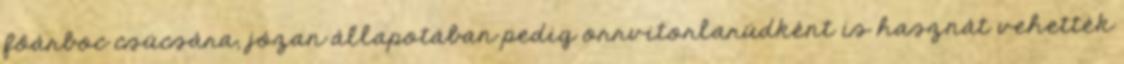
főárboc csúcsára, józan állapotában pedig orrvitorlarúdként is hasznát vehették